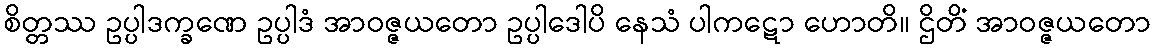
စိတ္တဿ ဥပ္ပါဒက္ခဏေ ဥပ္ပါဒံ အာဝဇ္ဇယတော ဥပ္ပါဒေါပိ နေသံ ပါကဋော ဟောတိ။ ဌိတိံ အာဝဇ္ဇယတော